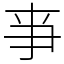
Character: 亊